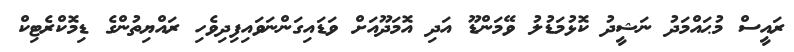
ރައީސް މުޙައްމަދު ނަޝީދު ކޮޅުމަޑުލު ވޭމަންޑޫ އަދި އޮމަދޫއަށް ވަޑައިގަންނަވައިފިދިވެހި ރައްޔިތުންގެ ޑިމޮކްރެޓިކް